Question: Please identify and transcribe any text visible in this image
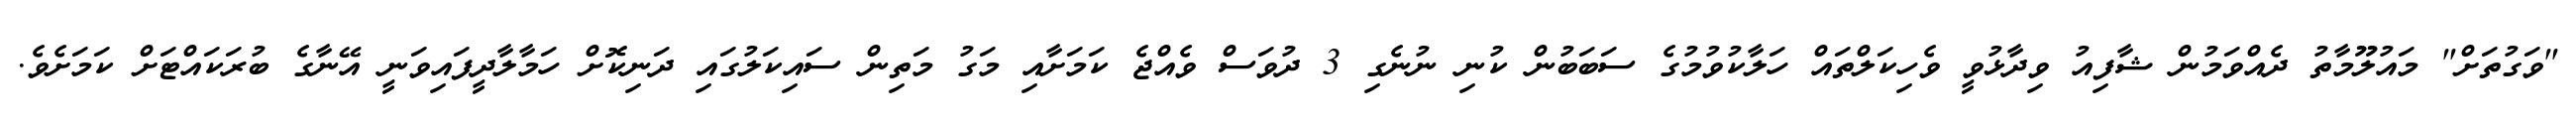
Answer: "ވަގުތަށް" މައުލޫމާތު ދެއްވަމުން ޝާފިއު ވިދާޅުވީ ވެހިކަލްތައް ހަލާކުވުމުގެ ސަބަބުން ކުނި ނުނެގި 3 ދުވަސް ވެއްޖެ ކަމަށާއި މަގު މަތިން ސައިކަލުގައި ދަނިކޮށް ހަމާލާދީފައިވަނީ އޭނާގެ ބުރަކައްޓަށް ކަމަށެވެ.